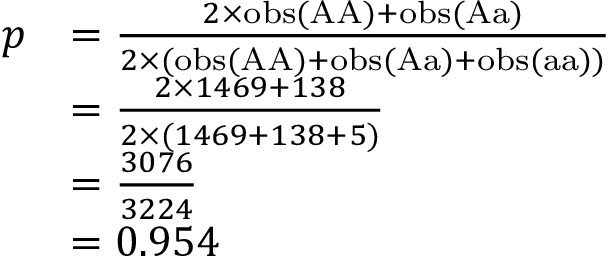
{ \begin{array} { r l } { p } & { = { \frac { 2 \times \mathrm { o b s } ( { \mathrm { A A } } ) + \mathrm { o b s } ( { \mathrm { A a } } ) } { 2 \times ( \mathrm { o b s } ( { \mathrm { A A } } ) + \mathrm { o b s } ( { \mathrm { A a } } ) + \mathrm { o b s } ( { \mathrm { a a } } ) ) } } } \\ & { = { \frac { 2 \times 1 4 6 9 + 1 3 8 } { 2 \times ( 1 4 6 9 + 1 3 8 + 5 ) } } } \\ & { = { \frac { 3 0 7 6 } { 3 2 2 4 } } } \\ & { = 0 . 9 5 4 } \end{array} }